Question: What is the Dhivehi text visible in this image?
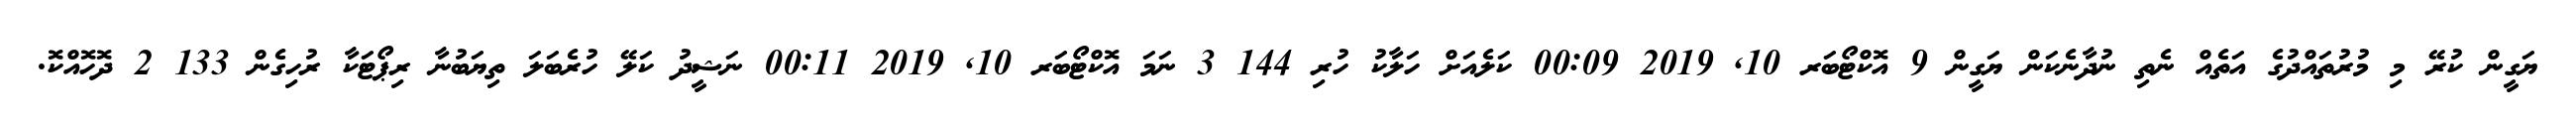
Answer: ޔަގީން ކުރޭ މި މުރުތައްދުގެ އަތެއް ނެތި ނުދާނެކަން ޔަގީން 9 އޮކްޓޯބަރ 10, 2019 00:09 ކަލެއަށް ހަލާކު ހުރި 144 3 ނަމަ އޮކްޓޯބަރ 10, 2019 00:11 ނަޝީދު ކަލޭ ހުރެބަލަ ތިޔަބުނާ ރިޕޯޓަކާ ރުހިގެން 133 2 ދޮހޮއްކޮ.